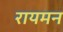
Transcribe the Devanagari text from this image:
रायमन